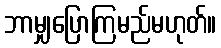
ဘာမျှပြောကြမည်မဟုတ်။